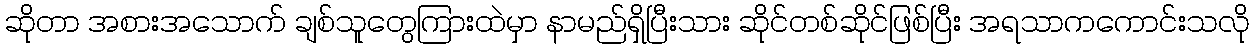
ဆိုတာ အစားအသောက် ချစ်သူတွေကြားထဲမှာ နာမည်ရှိပြီးသား ဆိုင်တစ်ဆိုင်ဖြစ်ပြီး အရသာကကောင်းသလို